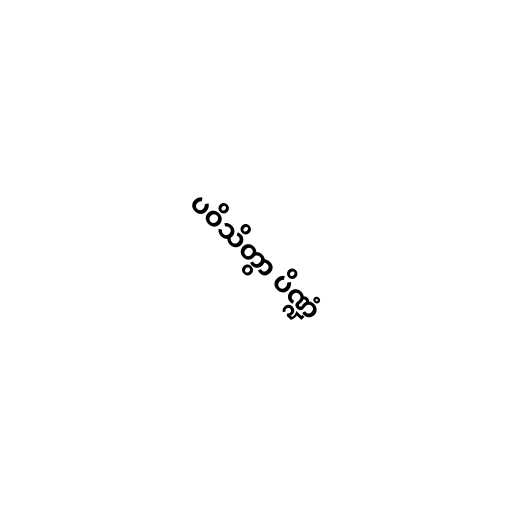
ပဝိသိတွာ ပိဏ္ဍံ